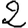
Digit: 2